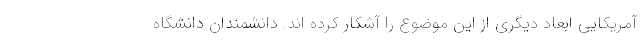
آمریکایی ابعاد دیگری از این موضوع را آشکار کرده اند. دانشمندان دانشگاه